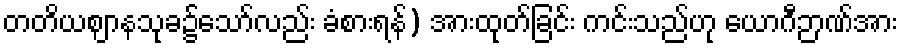
တတိယဈာနသုခ၌သော်လည်း ခံစားရန်) အားထုတ်ခြင်း ကင်းသည်ဟု ယောဂီဉာဏ်အား